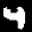
Digit: 4